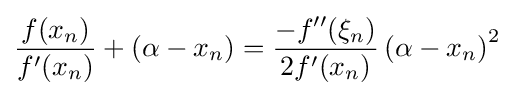
{\frac {f(x_{n})}{f'(x_{n})}}+\left(\alpha -x_{n}\right)={\frac {-f''(\xi _{n})}{2f'(x_{n})}}\left(\alpha -x_{n}\right)^{2}